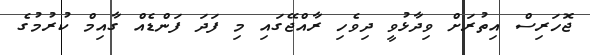
ޖޮހަރިސް އިތުރަށް ވިދާޅުވީ ދިވެހި ރާއްޖޭގައި މި ފަދަ ފަންޑެއް ގާއިމް ކުރުމުގެ